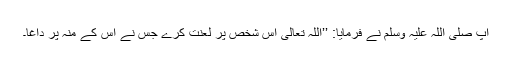
آپ صلی اللہ علیہ وسلم نے فرمایا: ’’اللہ تعالیٰ اس شخص پر لعنت کرے جس نے اس کے منہ پر داغا۔